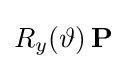
R_{y}(\vartheta )\,\mathbf {P}